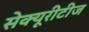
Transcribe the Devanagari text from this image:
सेक्यूरीटीज